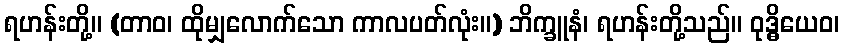
ရဟန်းတို့။ (တာဝ၊ ထိုမျှလောက်သော ကာလပတ်လုံး။) ဘိက္ခူနံ၊ ရဟန်းတို့သည်။ ဝုဒ္ဓိယေဝ၊